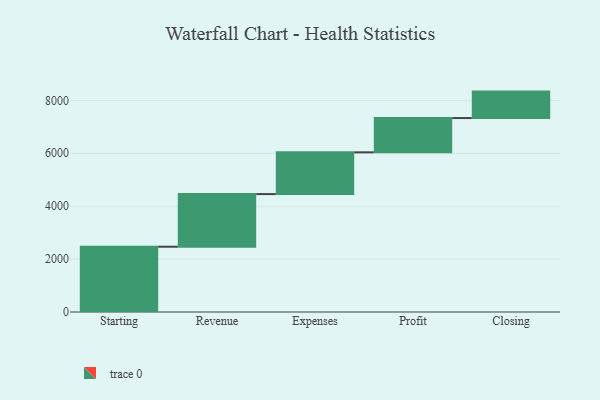
{"axis": {"x": "Step", "y": "Value"}, "legend": [""], "data": [{"x": "Starting", "y": 2468.0, "type": ""}, {"x": "Revenue", "y": 1990.0, "type": ""}, {"x": "Expenses", "y": 1578.0, "type": ""}, {"x": "Profit", "y": 1296.0, "type": ""}, {"x": "Closing", "y": 1000, "type": ""}]}